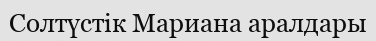
Солтүстік Мариана аралдары